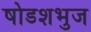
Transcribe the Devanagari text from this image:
षोडशभुज